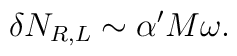
\delta N_{R,L} \sim \alpha' M\omega.